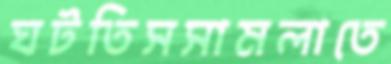
ঘটতিসসামলাতে